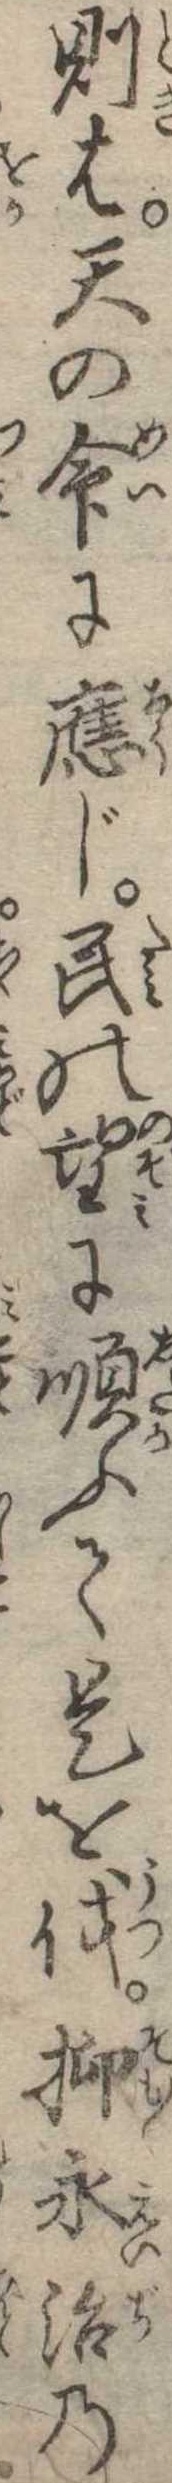
則は天の命に応じ民の望に順ふて是を伐抑永治の